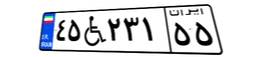
۸۴W۸۳۳۳۸